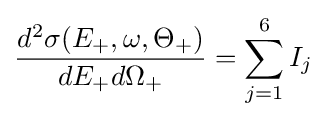
{\begin{aligned}{\frac {d^{2}\sigma (E_{+},\omega ,\Theta _{+})}{dE_{+}d\Omega _{+}}}=\sum \limits _{j=1}^{6}I_{j}\end{aligned}}